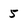
Character: 5